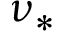
\nu _ { * }